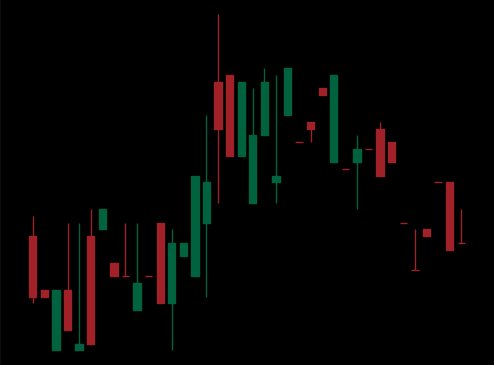
Pattern: bear_flag